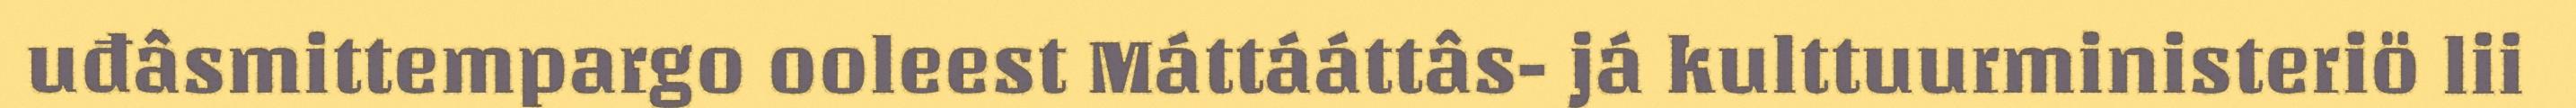
uđâsmittempargo ooleest Máttááttâs- já kulttuurministeriö lii